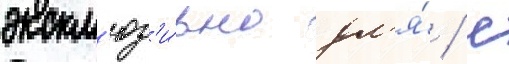
экскл'юз'и́вно дл'я́ / с